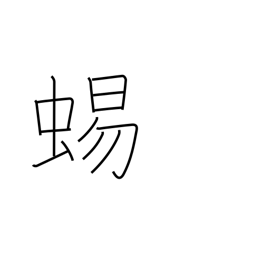
Meaning: lizard